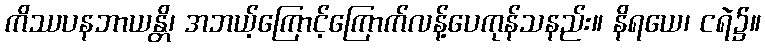
ကိဿပနဘာယန္တိ၊ အဘယ့်ကြောင့်ကြောက်လန့်ပေကုန်သနည်း။ နိရယေ၊ ငရဲ၌။